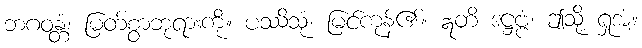
ဘဂဝန္တံ၊ မြတ်စွာဘုရားကို။ ပဿိသုံ၊ မြင်ကုန်၏။ ဣတိ ဒဋ္ဌဗ္ဗံ၊ ဤသို့ ရှုအံ့။